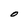
Character: O